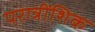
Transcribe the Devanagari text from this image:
परात्रींशिक